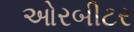
ઓરબીટર